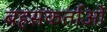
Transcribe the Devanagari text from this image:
बहसकर्ताओं